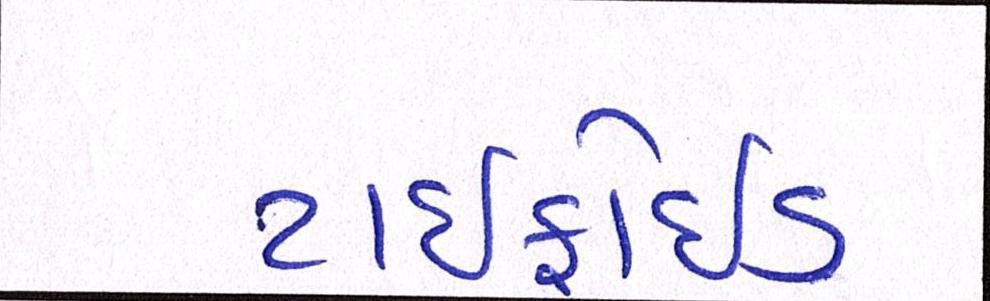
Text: ટાઇફોઇડ